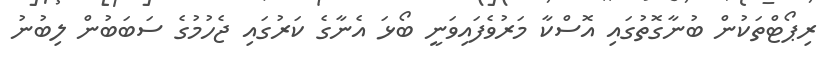
ރިޕޯޓްތަކުން ބުނާގޮތުގައި އޮސްކާ މަރުވެފައިވަނީ ބޯޅަ އެނާގެ ކަރުގައި ޖެހުމުގެ ސަބަބުން ލިބުނު